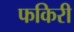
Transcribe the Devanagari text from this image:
फकिरी